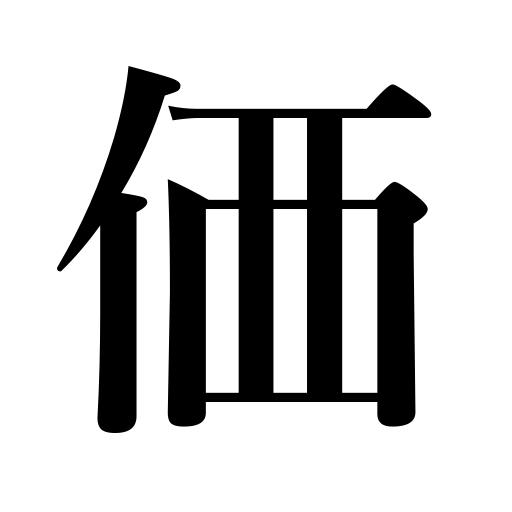
Meanings: price,value,cost,worth